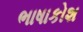
ભાષાકોશ